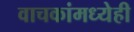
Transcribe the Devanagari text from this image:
वाचकांमध्येही